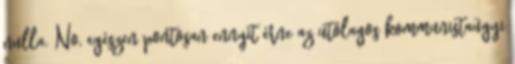
nulla. No, egészen pontosan ennyit érne az utólagos kommunistaügyi